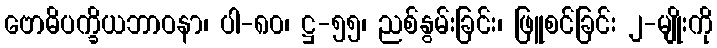
ဗောဓိပက္ခိယဘာဝနာ၊ ပါ-၈၀၊ ဋ္ဌ-၅၅၊ ညစ်နွမ်းခြင်း၊ ဖြူစင်ခြင်း ၂-မျိုးကို